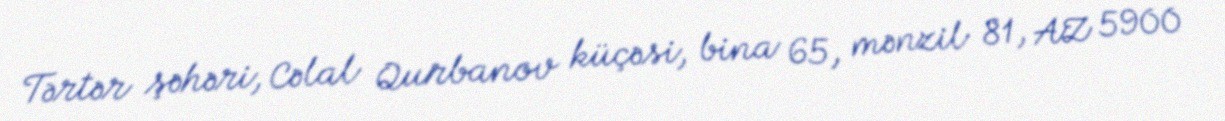
Tərtər şəhəri, Cəlal Qurbanov küçəsi, bina 65, mənzil 81, AZ 5900